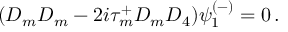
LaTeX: ( D _ { m } D _ { m } - 2 i \tau _ { m } ^ { + } D _ { m } D _ { 4 } ) \psi _ { 1 } ^ { ( - ) } = 0 \, .